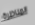
المناظرة